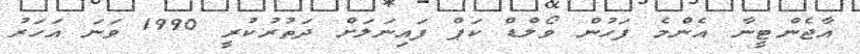
އާޖެންޓީނާ އެންމެ ފަހުން ވޯލްޑް ކަޕް ފައިނަލަށް ދަތުރުކުރީ 1990 ވަނަ އަހަރު